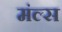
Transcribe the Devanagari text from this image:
मंल्स